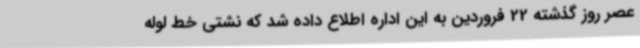
عصر روز گذشته 22 فروردین به این اداره اطلاع داده شد که نشتی خط لوله